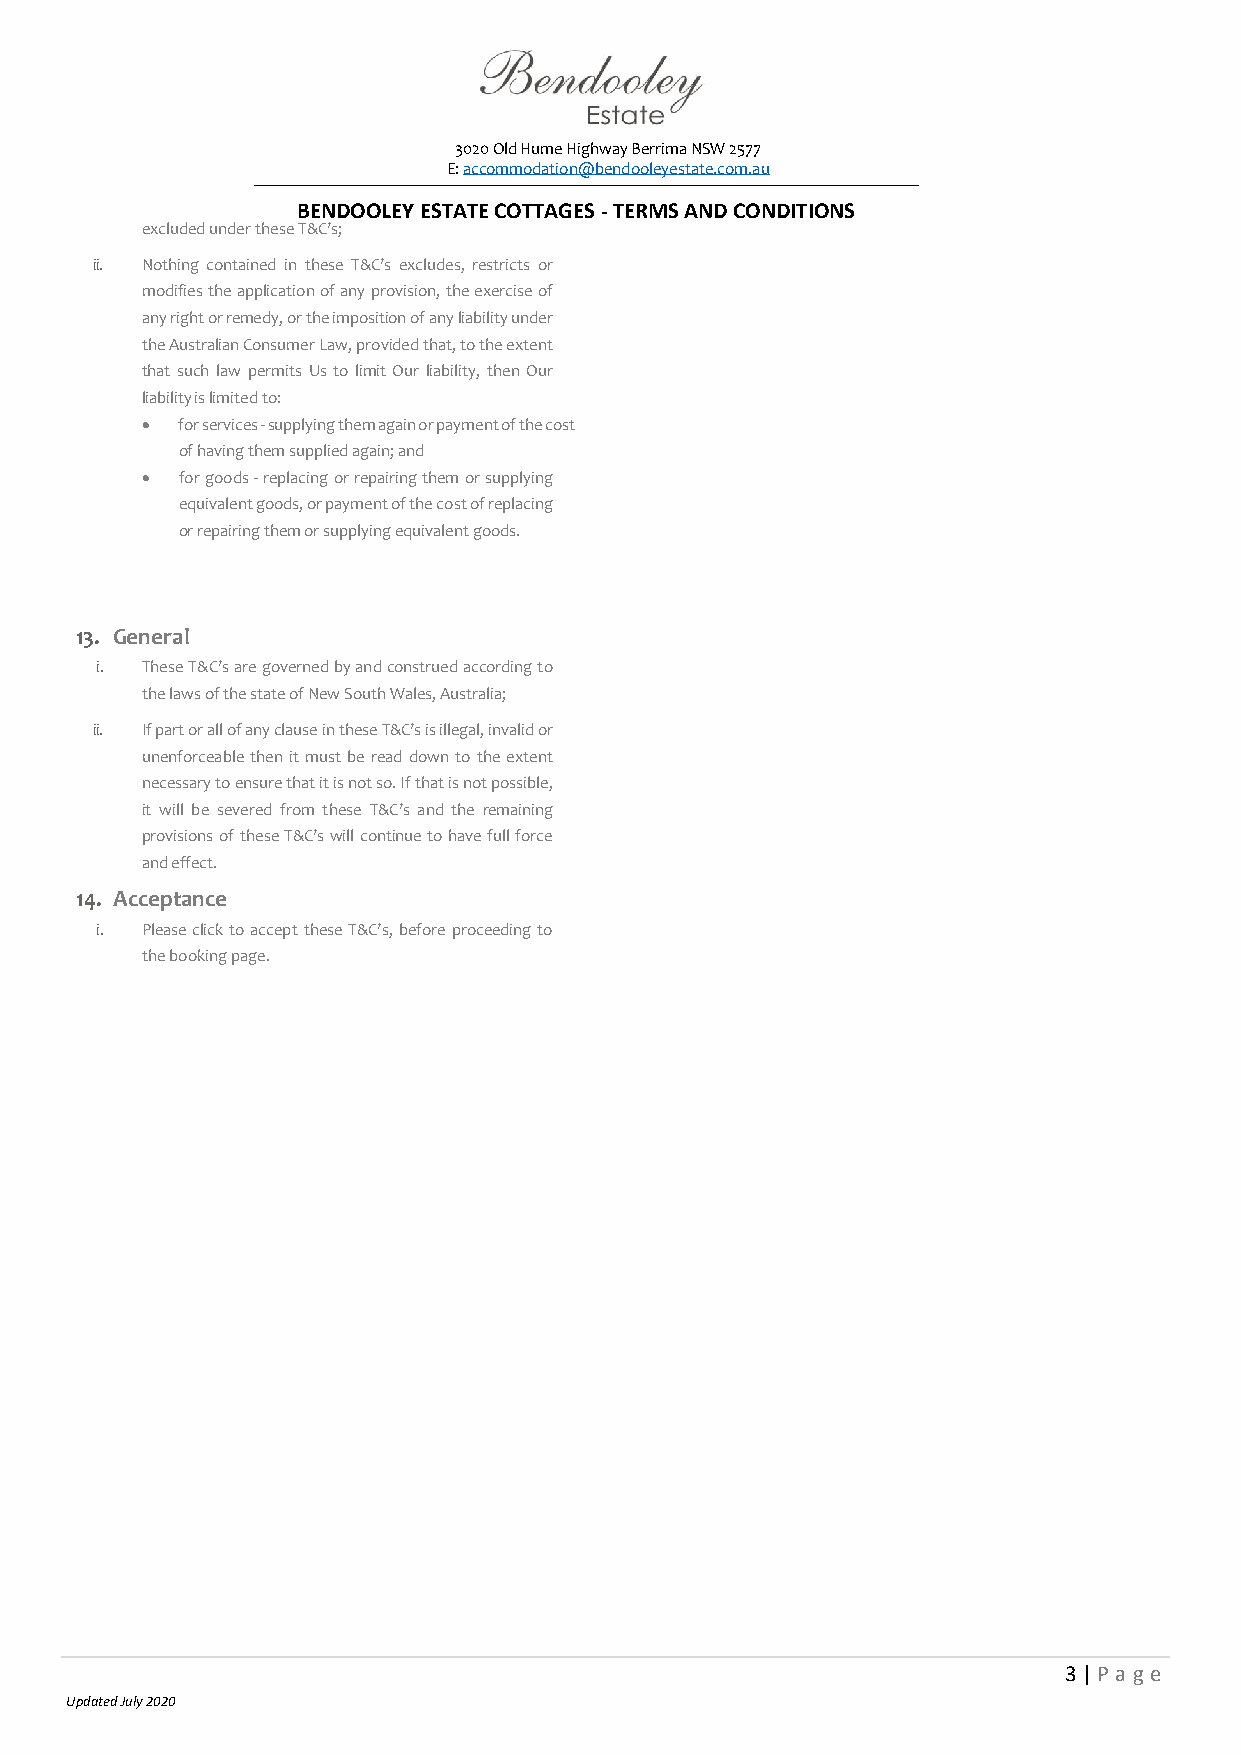
3020 Old Hume Highway Berrima NSW 2577
 E: accommodation@bendooleyestate.com.au
 BENDOOLEY ESTATE COTTAGES - TERMS AND CONDITIONS
 excluded under these T&C’s;
 ii. Nothing contained in these T&C’s excludes, restricts or
 modifies the application of any provision, the exercise of
 any right or remedy, or the imposition of any liability under
 the Australian Consumer Law, provided that, to the extent
 that such law permits Us to limit Our liability, then Our
 liability is limited to:
 •  for services - supplying them again or payment of the cost
 of having them supplied again; and
 •  for goods - replacing or repairing them or supplying
 equivalent goods, or payment of the cost of replacing
 or repairing them or supplying equivalent goods.
 13. General
 i. These T&C’s are governed by and construed according to
 the laws of the state of New South Wales, Australia;
 ii. If part or all of any clause in these T&C’s is illegal, invalid or
 unenforceable then it must be read down to the extent
 necessary to ensure that it is not so. If that is not possible,
 it will be severed from these T&C’s and the remaining
 provisions of these T&C’s will continue to have full force
 and effect.
 14. Acceptance
 i. Please click to accept these T&C’s, before proceeding to
 the booking page.
 3 | P age
 Updated July 2020